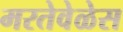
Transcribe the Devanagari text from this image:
मरतेवेळेस